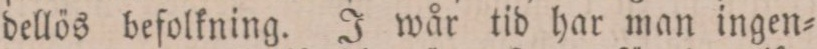
dellös befolkning. J wår tid har man ingen=